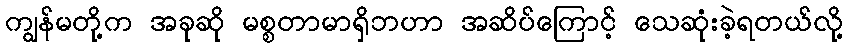
ကျွန်မတို့က အခုဆို မစ္စတာမာရှိဘဟာ အဆိပ်ကြောင့် သေဆုံးခဲ့ရတယ်လို့